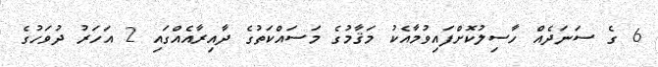
6 ގެ ސަނަދެއް ހާސިލުކޮށްފައިވުމާއެކު މަޤާމުގެ މަސައްކަތުގެ ދާއިރާއެއްގައި 2 އަހަރު ދުވަހުގެ